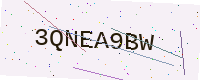
Text: 3QNEA9BW